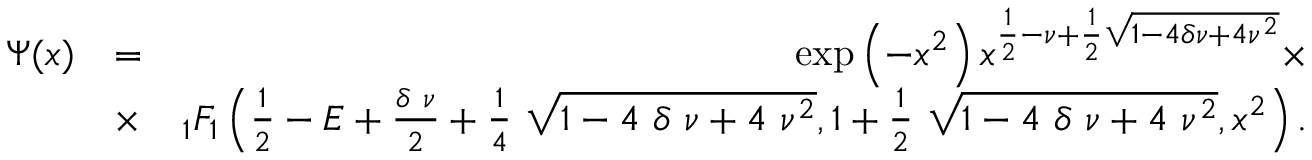
\begin{array} { r l r } { \Psi ( x ) } & { = } & { \exp \left( - x ^ { 2 } \right) x ^ { \frac { 1 } { 2 } - \nu + \frac { 1 } { 2 } \sqrt { 1 - 4 \delta \nu + 4 \nu ^ { 2 } } } \times } \\ & { \times } & { _ { 1 } F _ { 1 } \left( \frac { 1 } { 2 } - E + \frac { \delta ~ \nu } { 2 } + \frac { 1 } { 4 } ~ \sqrt { 1 - 4 ~ \delta ~ \nu + 4 ~ \nu ^ { 2 } } , 1 + \frac { 1 } { 2 } ~ \sqrt { 1 - 4 ~ \delta ~ \nu + 4 ~ \nu ^ { 2 } } , x ^ { 2 } \right) . } \end{array}